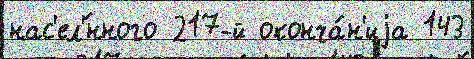
нас'ел'́нного 217-й оконча́н'иjа 143